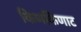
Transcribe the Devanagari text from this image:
किणकिणाट